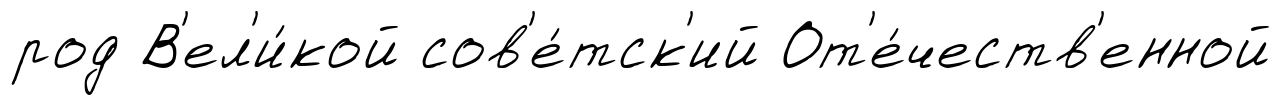
род В'ел'и́кой сов'е́тск'ий От'е́честв'енной